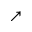
\nearrow